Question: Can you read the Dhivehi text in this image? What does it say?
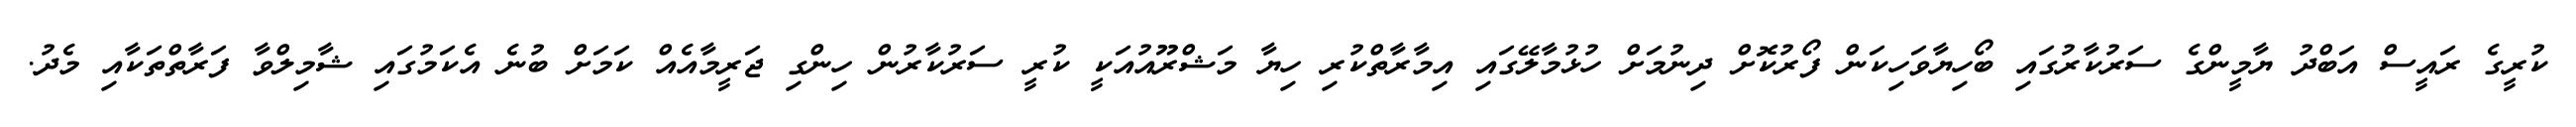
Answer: ކުރީގެ ރައީސް އަބްދު ޔާމީންގެ ސަރުކާރުގައި ބޯހިޔާވަހިކަން ފޯރުކޮށް ދިނުމަށް ހުޅުމާލޭގައި އިމާރާތްކުރި ހިޔާ މަޝްރޫއުއަކީ ކުރީ ސަރުކާރުން ހިންގި ޖަރީމާއެއް ކަމަށް ބުނެ އެކަމުގައި ޝާމިލްވާ ފަރާތްތަކާއި މެދު.